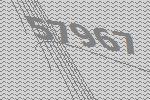
57967